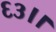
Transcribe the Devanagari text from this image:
६३।।